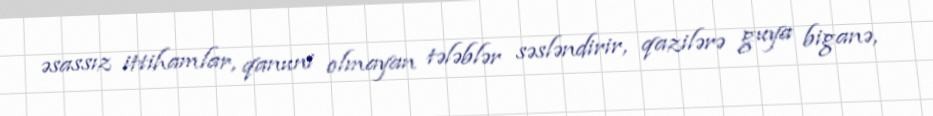
əsassız ittihamlar, qanuni olmayan tələblər səsləndirir, qazilərə guya biganə,